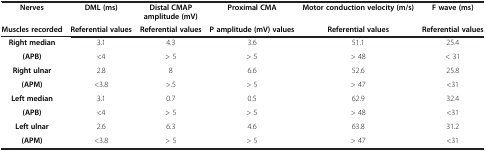
<table><thead><tr><td><b>Nerves</b></td><td><b>DML (ms)</b></td><td><b>Distal CMAP amplitude (mV)</b></td><td><b>Proximal CMA</b></td><td><b>Motor conduction velocity (m/s)</b></td><td><b>F wave (ms)</b></td></tr><tr><td><b>Muscles recorded</b></td><td><b>Referential values</b></td><td><b>Referential values</b></td><td><b>P amplitude (mV) values</b></td><td><b>Referential values</b></td><td><b>Referential values</b></td></tr></thead><tbody><tr><td><b>Right median</b></td><td>3.1</td><td>4.3</td><td>3.6</td><td>51.1</td><td>25.4</td></tr><tr><td><b>(APB)</b></td><td>&lt;4</td><td>&gt; 5</td><td>&gt; 5</td><td>&gt; 48</td><td>&lt;31</td></tr><tr><td><b>Right ulnar</b></td><td>2.8</td><td>8</td><td>6.6</td><td>52.6</td><td>25.8</td></tr><tr><td><b>(APM)</b></td><td>&lt;3.8</td><td>&gt;.5</td><td>&gt; 5</td><td>&gt; 47</td><td>&lt;31</td></tr><tr><td><b>Left median</b></td><td>3.1</td><td>0.7</td><td>0.5</td><td>62.9</td><td>32.4</td></tr><tr><td><b>(APB)</b></td><td>&lt;4</td><td>&gt; 5</td><td>&gt; 5</td><td>&gt; 48</td><td>&lt;31</td></tr><tr><td><b>Left ulnar</b></td><td>2.6</td><td>6.3</td><td>4.6</td><td>63.8</td><td>31.2</td></tr><tr><td><b>(APM)</b></td><td>&lt;3.8</td><td>&gt; 5</td><td>&gt; 5</td><td>&gt; 47</td><td>&lt;31</td></tr></tbody></table>